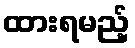
ထားရမည့်